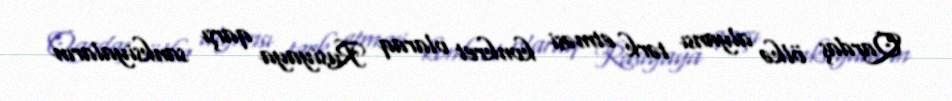
Qardaş ölkə alyansı tərk etməsi konkret olaraq Rusiyaya qarşı sanksiyaların